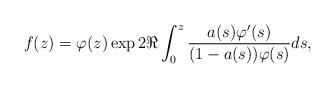
LaTeX: \begin{align*}f(z)=\varphi (z)\exp 2\Re \int_{0}^{z}\dfrac{a(s)\varphi ^{\prime }(s)}{(1-a(s))\varphi (s)}ds,\end{align*}